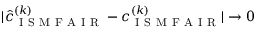
| \hat { c } _ { \mathrm { ~ I ~ S ~ M ~ F ~ A ~ I ~ R ~ } } ^ { ( k ) } - c _ { \mathrm { ~ I ~ S ~ M ~ F ~ A ~ I ~ R ~ } } ^ { ( k ) } | \to 0